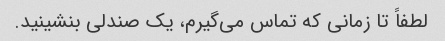
لطفاً تا زمانی که تماس می‌گیرم، یک صندلی بنشینید.